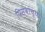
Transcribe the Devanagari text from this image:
पिसवांच्या